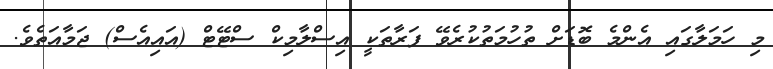
މި ހަމަލާގައި އެންމެ ބޮޑަށް ތުހުމަތުކުރެވޭ ފަރާތަކީ އިސްލާމިކް ސްޓޭޓް (އައިއެސް) ޖަމާއަތެވެ.